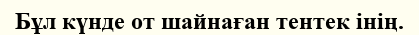
Бұл күнде от шайнаған тентек інің.